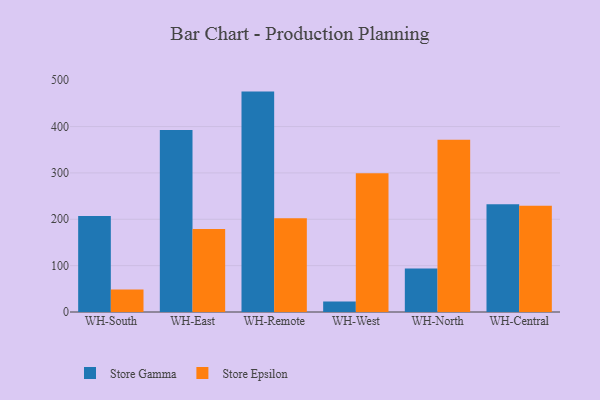
{"axis": {"x": "Warehouse", "y": "Conversion Rate (%)"}, "legend": ["Store Epsilon", "Store Gamma"], "data": [{"x": "WH-South", "y": 207.3, "type": "Store Gamma"}, {"x": "WH-South", "y": 48.4, "type": "Store Epsilon"}, {"x": "WH-East", "y": 392.5, "type": "Store Gamma"}, {"x": "WH-East", "y": 178.9, "type": "Store Epsilon"}, {"x": "WH-Remote", "y": 475.4, "type": "Store Gamma"}, {"x": "WH-Remote", "y": 202.3, "type": "Store Epsilon"}, {"x": "WH-West", "y": 22.5, "type": "Store Gamma"}, {"x": "WH-West", "y": 299.5, "type": "Store Epsilon"}, {"x": "WH-North", "y": 93.9, "type": "Store Gamma"}, {"x": "WH-North", "y": 371.3, "type": "Store Epsilon"}, {"x": "WH-Central", "y": 232.3, "type": "Store Gamma"}, {"x": "WH-Central", "y": 229.0, "type": "Store Epsilon"}]}